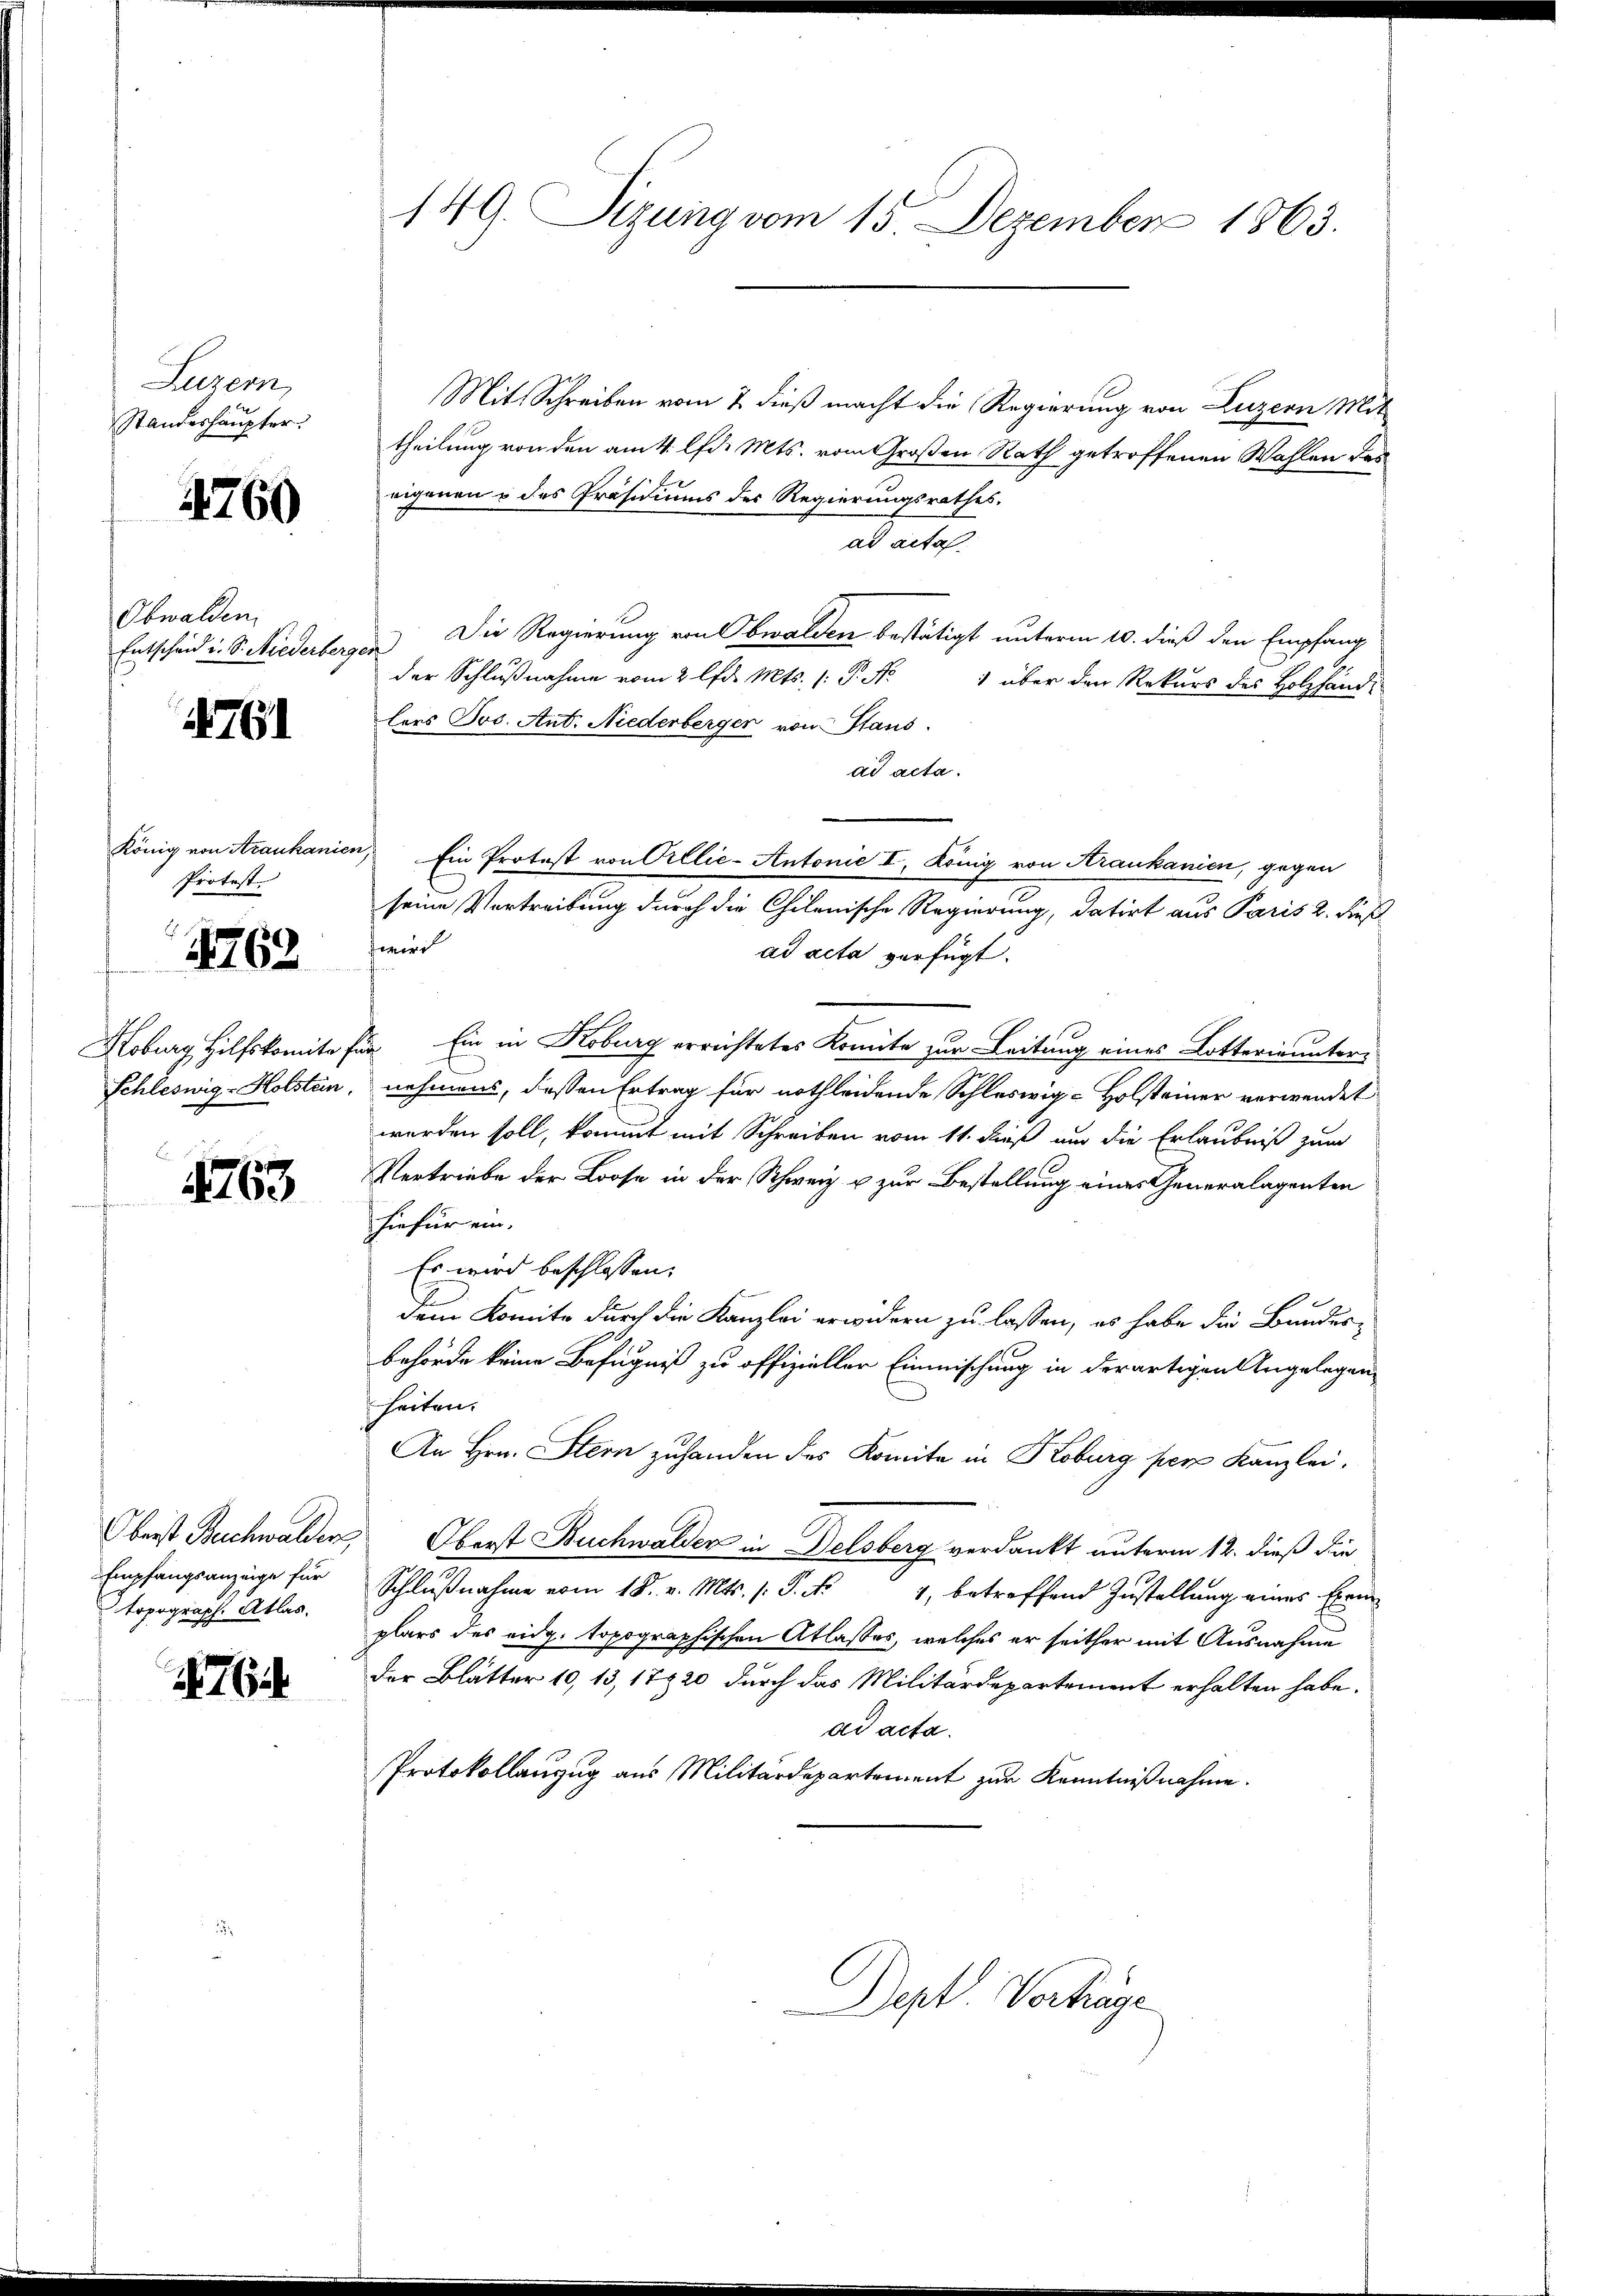
Luzern,
Standeshäupter.

11760

Obwalden.
Entscheid i. S. Niederberg

4761

König von Araukanier
Protest. |
Hoburg, Hilfskomite fr
Schleswig-Holstein.

4762

4763

Oberst Buchwalden
Empfangsanzeige für
topograph. Atlas.

176

149. Sizung vom 15. Dezember 1863.

Mit Schreiben vom 2. dieß macht die Regierung von Luzern Mit
theilung von den am 4. lfd. Mts. vom Großen Rath getroffenen Wahlen des
eigenen & des Präsidiums des Regierungsrathes.
ad acta
Die Regierung von Obwalden bestätigt unterm 10. dieß den Empfang
at
der Schlußnahme vom 2 lfd. Mts. (: P. No
) über den Rekurs des Holzhändlers Jos. Ant. Niederberger von Haus.
ad acta.
n. Ein Protest von Orelie-Antonie I König von Araukanien, gegen
seine Vortreibung durch die Chilenische Regierung, datirt aus Paris 2. dieß
feuer
ad acta verfügt.
n Ein in Koburg errichtetes Komite zur Leitung eines Lotterie unter-
nehmens, dessen Ertrag für nothleidende Schleswig-Holsteiner verwendet
werden soll, kommt mit Schreiben vom 11. dieß und die Erlaubniß zum
Vertriebe der Loose in der Schweiz u. zur Bestellung eines Generalagenten
hiefür ein.
Es wird beschlossen:
dem Komite durch die Kanzlei erwidern zu lassen, es habe die Bundes-
behörde keine Befugniß zu offizieller Einmischung in derartigen Angelegen
heiten.
An Hrn. Stern zuhanden des Komite in Koburg per Kanzlei.
Oberst Buchwalder in Delsberg verdankt unterm 12. dieß die
Schlŭβnahme vom 18. v. Mts. s. S. Nr. 4, betreffend Zustellŭng eines Exem-
plars des eidg. topographischen Atlasses, welches er seither mit Ausnahme
der Blätter 10, 13, 17820 durch das Militärdepartement erhalten habe.
ad acta.
Protokollanzug aus Militärdepartement zur Kenntnißnahme.

Dept Verträge